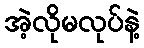
အဲ့လိုမလုပ်နဲ့